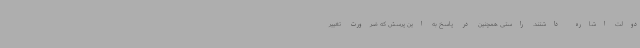
دولت اشاره داشتند. راستی همچنین در پاسخ به این پرسش که ضرورت تغییر